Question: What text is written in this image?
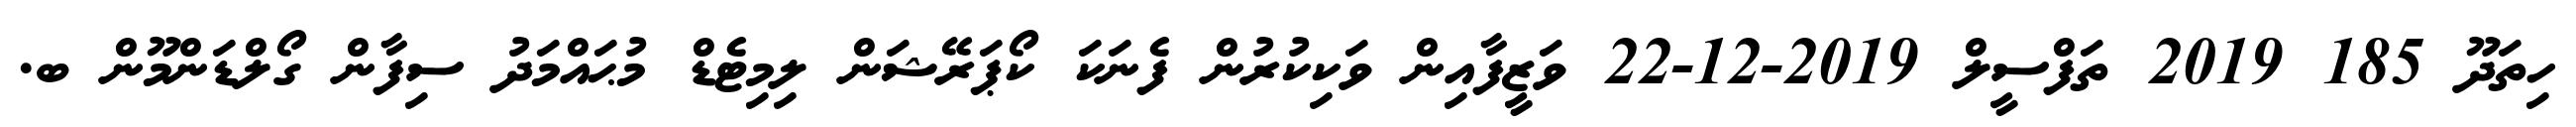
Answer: ހިތަދޫ 185 2019 ތަފްސީލް 2019-12-22 ވަޒީފާއިން ވަކިކުރުން ފެނަކަ ކޯޕަރޭޝަން ލިމިޓެޑް މުޙައްމަދު ސިފާން ގޯލްޑަންމޫން ބ.